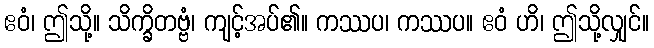
ဧဝံ၊ ဤသို့။ သိက္ခိတဗ္ဗံ၊ ကျင့်အပ်၏။ ကဿပ၊ ကဿပ။ ဧဝံ ဟိ၊ ဤသို့လျှင်။